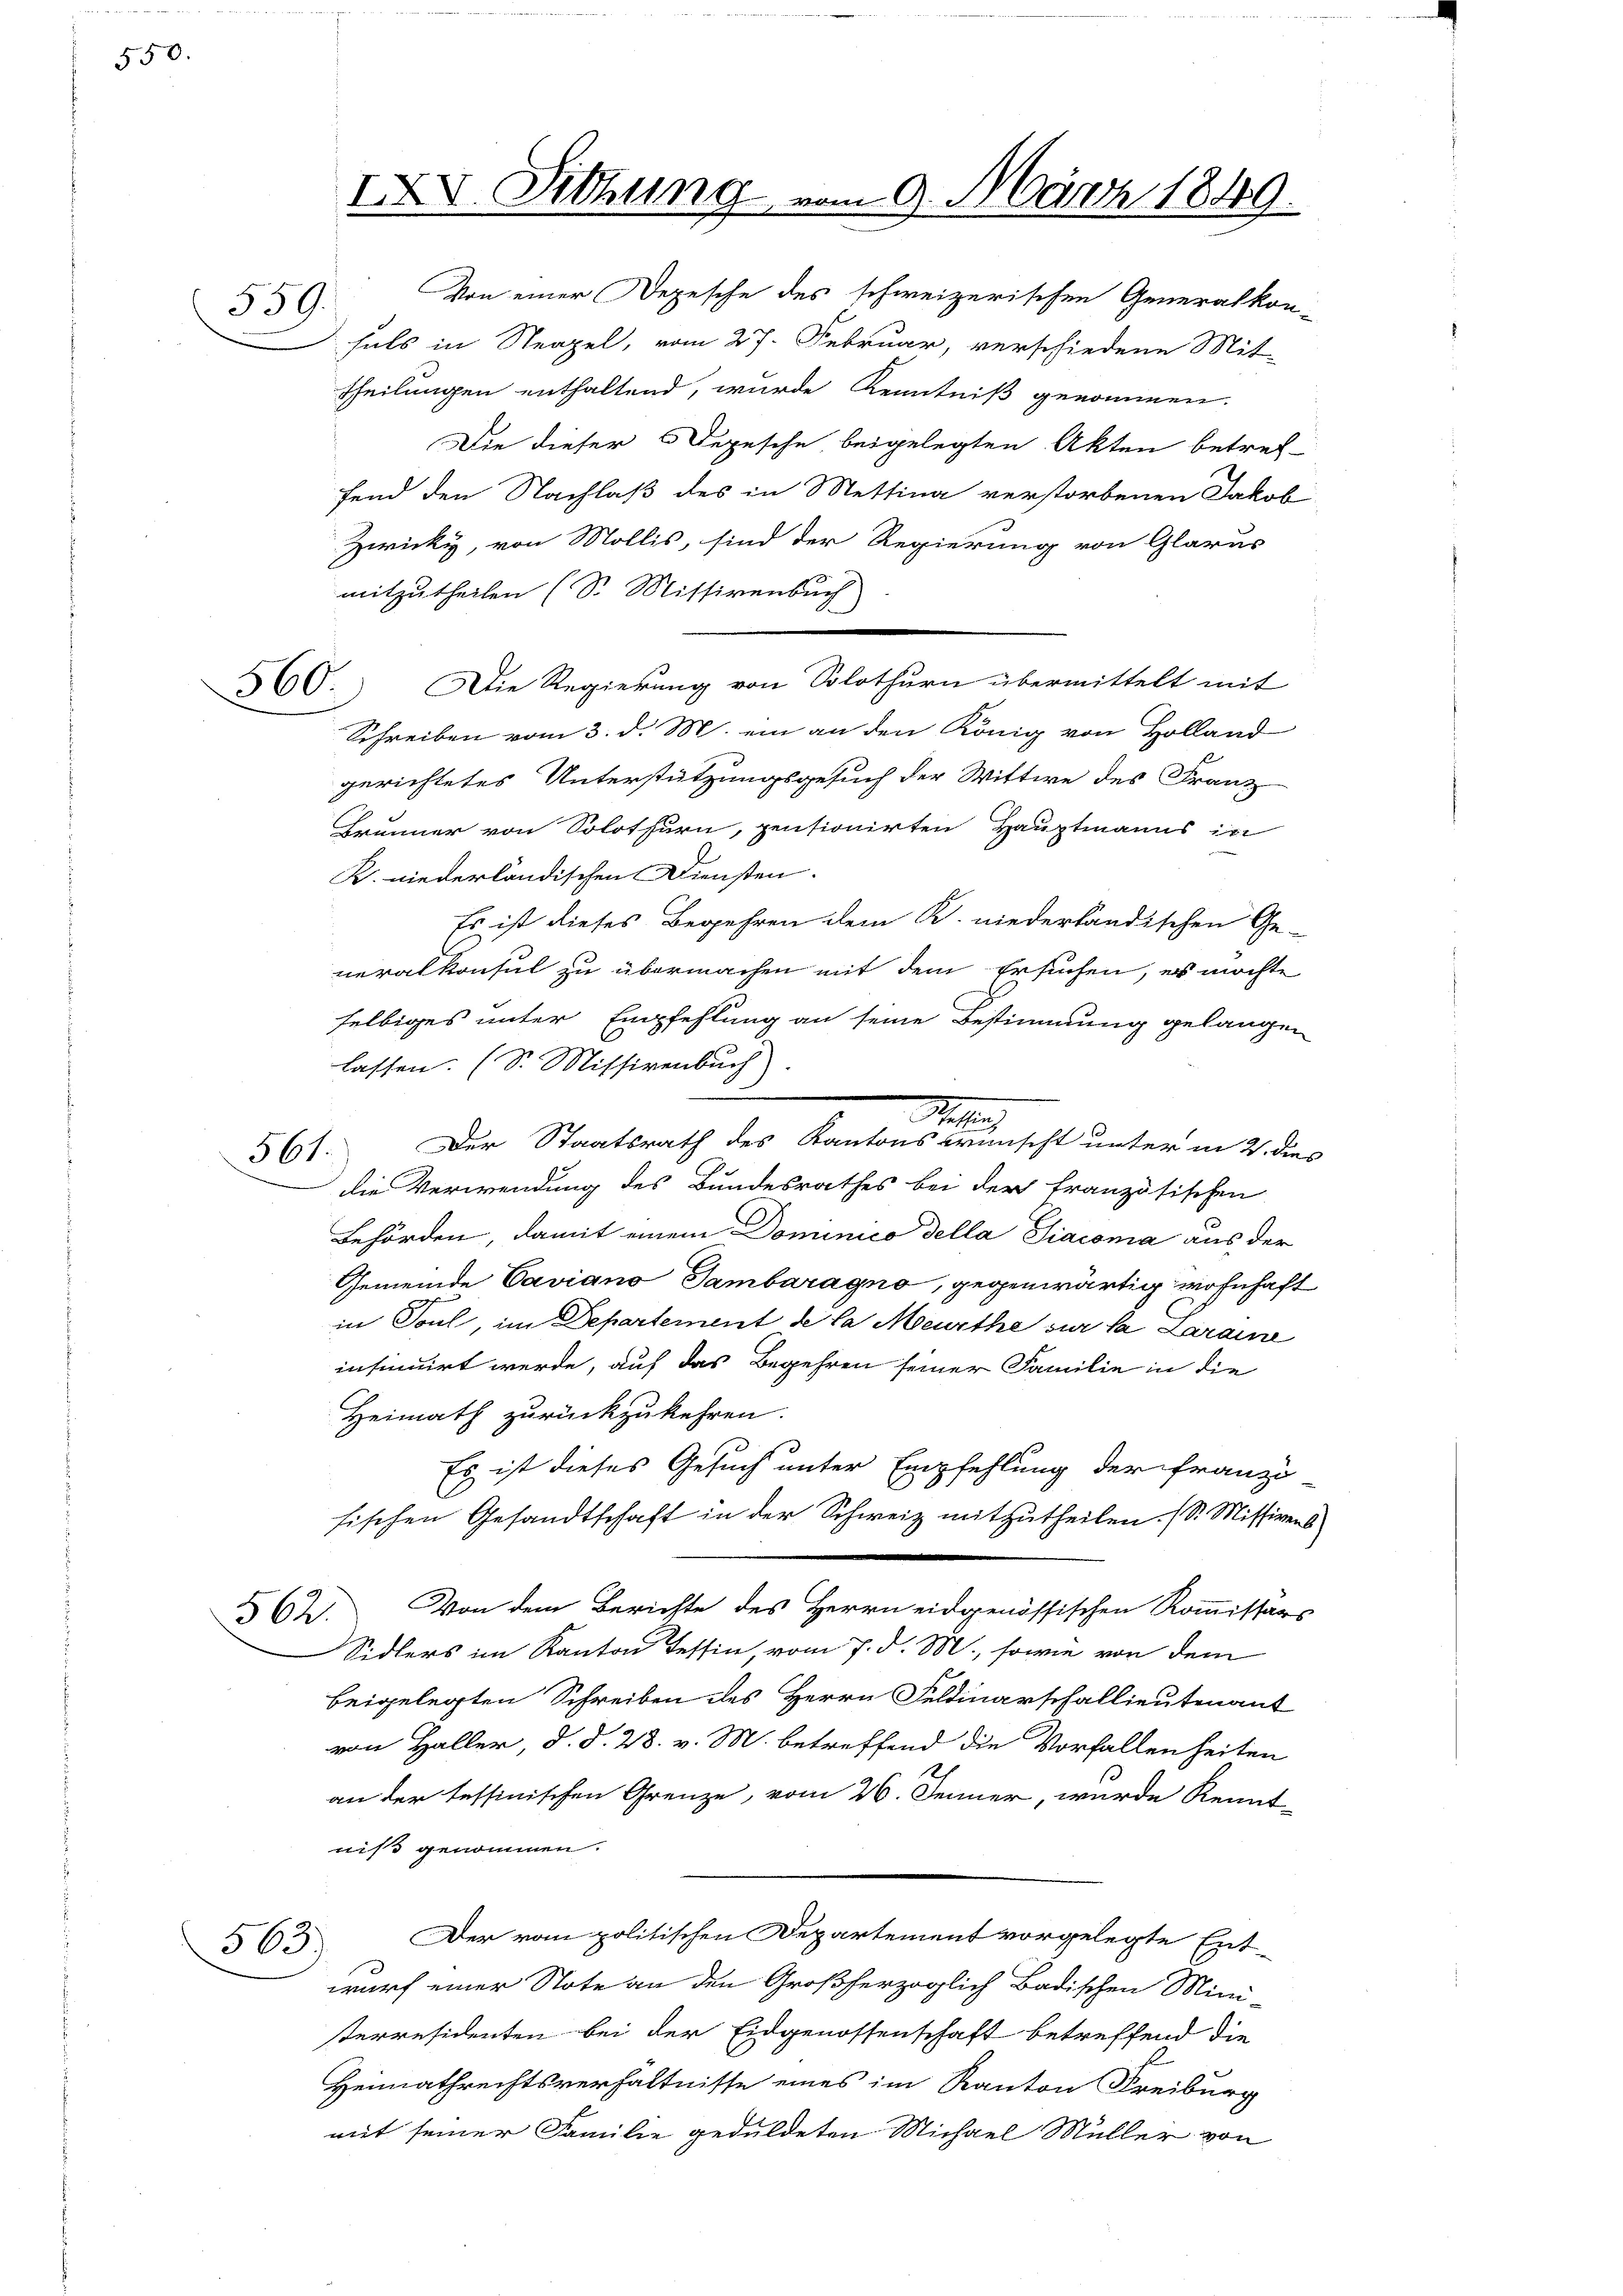
550.

559.

Von einer Depesche des schweizerischen Generalkon-
fals in Neapel, vom 27. Februar, verschiedene Mit
Theilungen enthaltend, wurde Kenntniß genommen.
Die dieser Depesche beigelegten Akten betreffend den Nachlaß des in Mettina verstorbenen Jakob
Zwicky, von Mollis, sind der Regierung von Glarus
mitzutheilen (S. Missivenbuch
Die Regierung von Solothurn übermittelt mit
Schreiben vom 3. d. M. ein an den König von Holland
gerichtetes Unterstützungsgesuch der Wittwe des Franz
Brunner von Solothurn, pensionirten Hauptmanns in
K. niederländischen Diensten.
Es ist dieses Begehren dem K. niederländischen Ge-
neralkonsul zu übermachen mit dem Ersuchen, es möchte
selbiges unter Empfehlung an seine Bestimmung gelangen
lassen. (S. Missivenbuch
e
561. Der Staatsrath des Kantons erscht unter in 2. dies
die Verwendung des Bundesrathes bei der französischen
Behörden, damit einem Dominico della Siacona aus der
Gemeinde Caviano Sambaragno, gegenwärtig wohnhaft
in Soul, im Departement de la Meurthe sur la Laraine
insinuirt werde, auf das Begehren seiner Familie in die
Heimath zurückzukehren.
Es ist dieses Gesuch unter Empfehlung der Franzi
sischen Gesandtschaft in der Schweiz mitzutheilen. (S. Missivens
Von dem Berichte des Herrn eidgenössischen Kommissärs
562.
Sidlers im Kanton Tessin, vom 7. d. M., sowie von dem
beigelegten Schreiben des Herrn Feldinarschallieutenant
von Haller, d. d. 28. v. M. betreffend die Vorfallenheiten
an der tessinischen Grenze, vom 26. Jenner, wurde Kennt-
niß genommen.
Der vom politischen Departement vorgelegte Ent-
563)
wurf einer Note an den Großherzoglich Badischen Mini-
terresidenten bei der Eidgenossenschaft betreffend die
Heimathrechtsverhältnisse eines im Kanton Freiburg
mit seiner Familie geduldeten Michael Müller von

560.

IXV. Sitzung

am 9. März 1849.